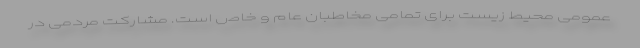
عمومی محیط زیست برای تمامی مخاطبان عام و خاص است. مشارکت مردمی در